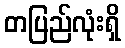
တပြည်လုံးရှိ